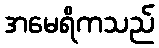
အမေရိကသည်